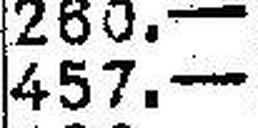
457.—